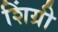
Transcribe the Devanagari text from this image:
शिंग्री